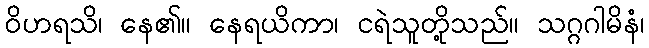
ဝိဟရသိ၊ နေ၏။ နေရယိကာ၊ ငရဲသူတို့သည်။ သဂ္ဂဂါမိနံ၊